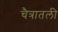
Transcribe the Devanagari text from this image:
चैत्रातली